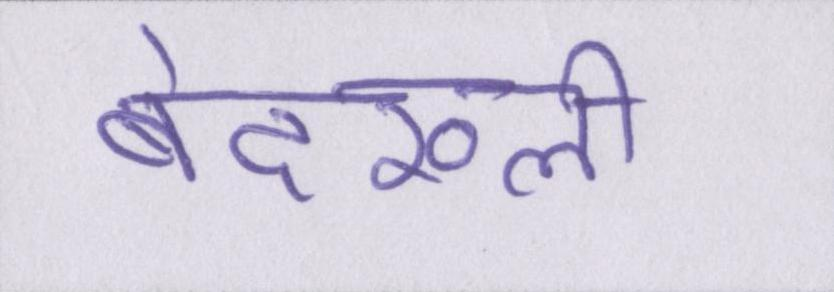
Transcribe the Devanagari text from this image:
बेदख्ली